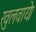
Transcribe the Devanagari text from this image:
खुलवाये।